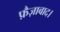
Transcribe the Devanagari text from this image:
फ़ैज़ाबाद।